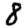
Digit: 8